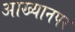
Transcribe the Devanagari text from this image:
आख्यानपर